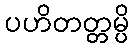
ပဟိတတ္တမ္ပိ